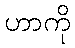
ဟာကို